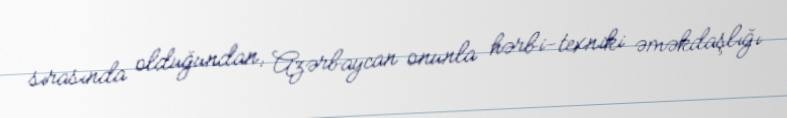
sırasında olduğundan, Azərbaycan onunla hərbi-texniki əməkdaşlığı